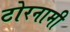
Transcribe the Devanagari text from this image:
टोरनामी